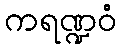
ကရဏ္ဍဝံ